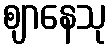
ဈာနေသု